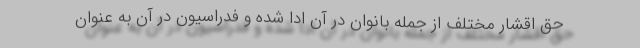
حق اقشار مختلف از جمله بانوان در آن ادا شده و فدراسیون در آن به عنوان